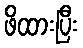
ဖိထားပြီး